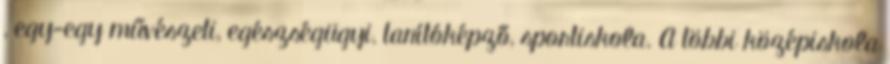
, egy-egy művészeti, egészségügyi, tanítóképző, sportiskola. A többi középiskola